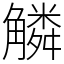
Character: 䚬